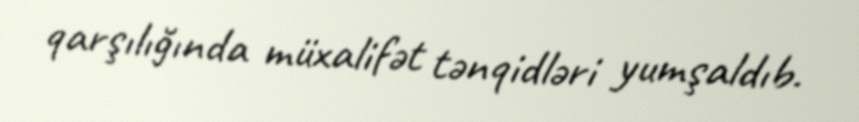
qarşılığında müxalifət tənqidləri yumşaldıb.